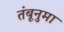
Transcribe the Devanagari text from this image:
तंबूनुमा